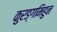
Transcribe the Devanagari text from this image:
कुरङ्गमिहुन